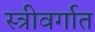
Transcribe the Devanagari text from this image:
स्त्रीवर्गात